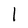
Character: 1